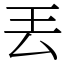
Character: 丟